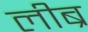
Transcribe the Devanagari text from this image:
लीब्र